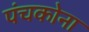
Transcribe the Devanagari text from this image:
पंचकोना